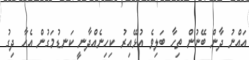
އައްނު ދާން ބޭނުން ތިހާ ބަލިވެ އުޅޭއިރު ކިހިނެއްދާނީ ކަނޑުމަގުން އެހާ ދިގު